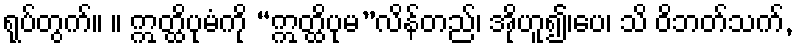
ရုပ်တွက်။ ။ ဣတ္ထိပုမံကို “ဣတ္ထိပုမ”လိန်တည်၊ အိုဟူ၍၊ပေ၊ သိ ဝိဘတ်သက်,